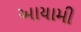
આયામી